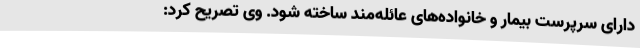
دارای سرپرست بیمار و خانواده‌های عائله‌مند ساخته شود. وی تصریح کرد: